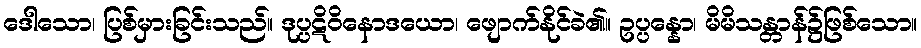
ဒေါသော၊ ပြစ်မှားခြင်းသည်။ ဒုပ္ပဋိဝိနောဒယော၊ ဖျောက်နိုင်ခဲ၏။ ဥပ္ပန္နော၊ မိမိသန္တာန်၌ဖြစ်သော။